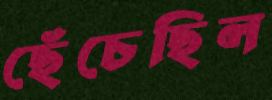
ছেঁচেছিল